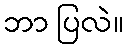
ဘာ ပြလဲ။